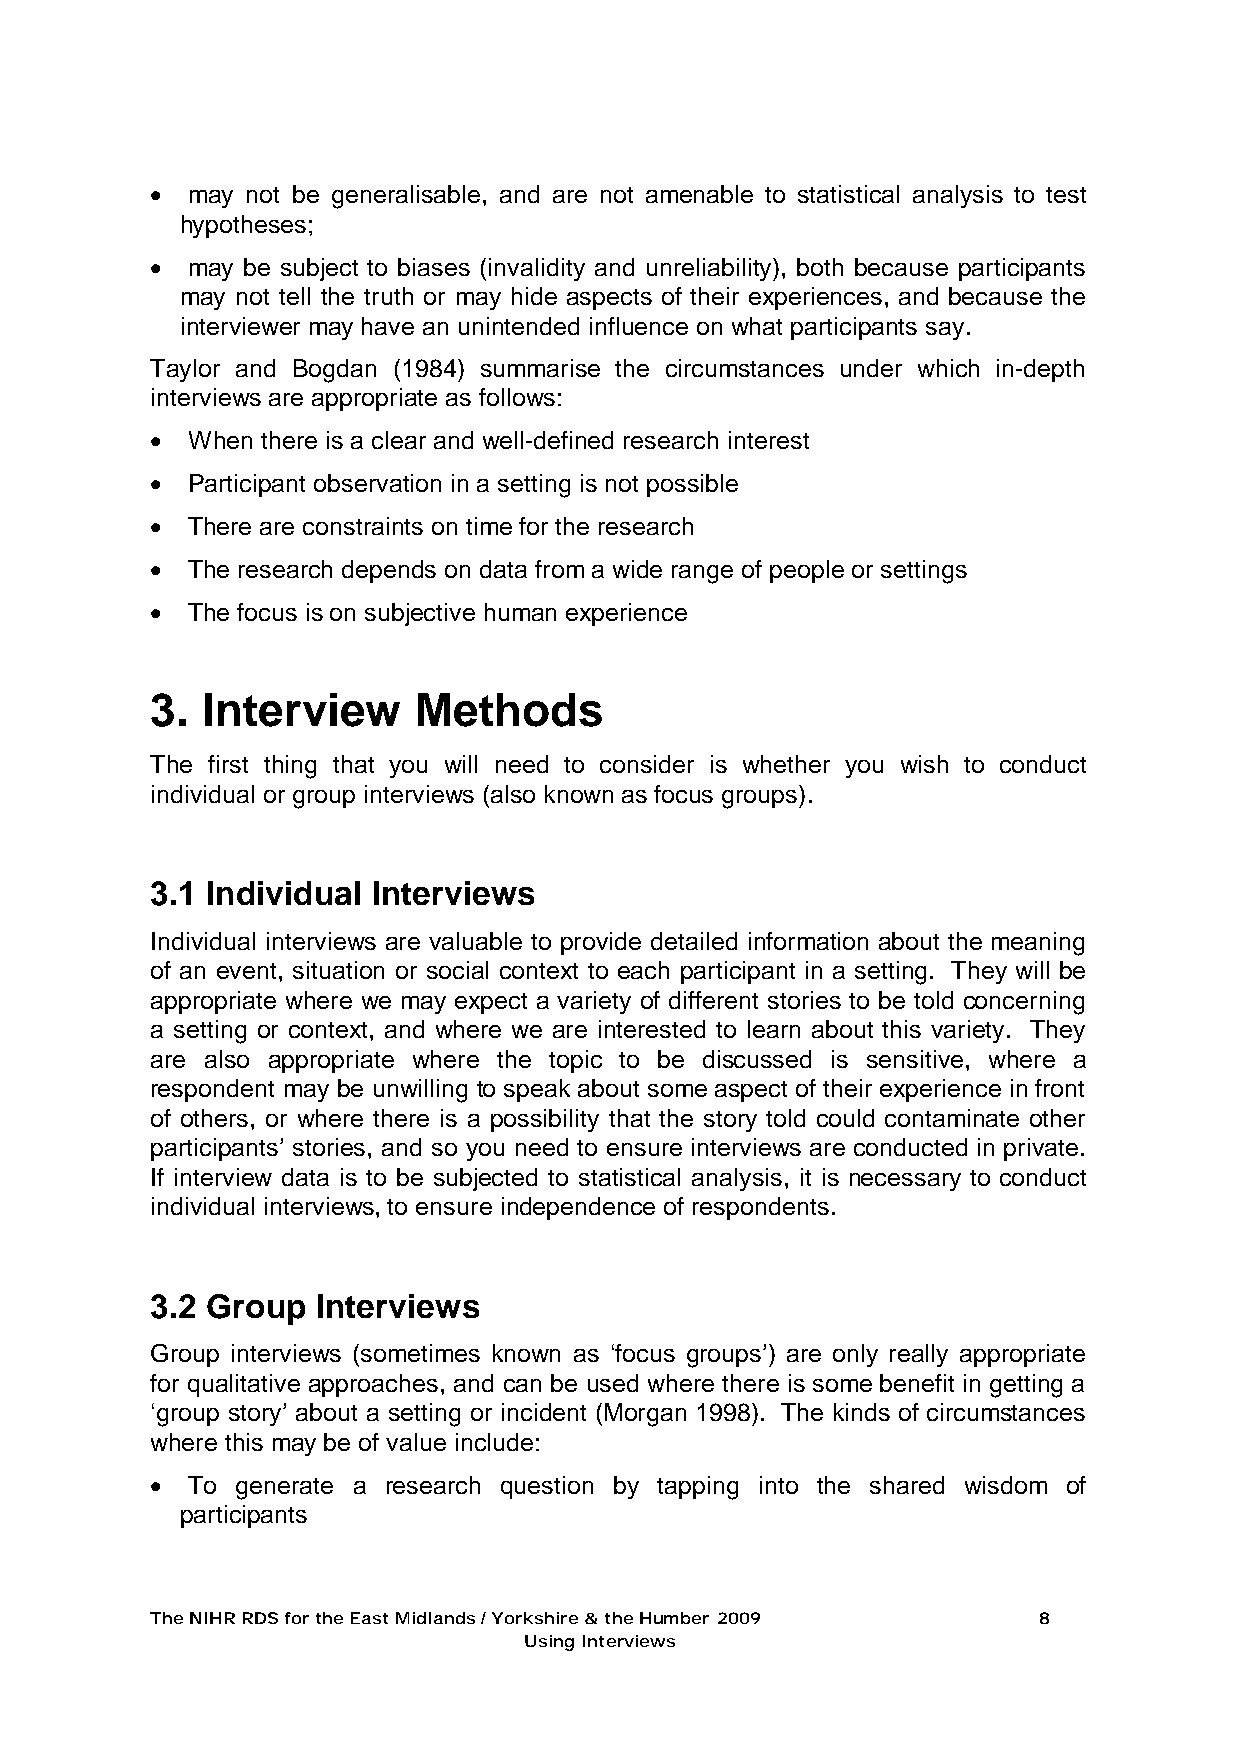
• may not be generalisable, and are not amenable to statistical analysis to test
 hypotheses;
 • may be subject to biases (invalidity and unreliability), both because participants
 may not tell the truth or may hide aspects of their experiences, and because the
 interviewer may have an unintended influence on what participants say.
 Taylor and Bogdan (1984) summarise the circumstances under which in-depth
 interviews are appropriate as follows:
 • When there is a clear and well-defined research interest
 • Participant observation in a setting is not possible
 • There are constraints on time for the research
 • The research depends on data from a wide range of people or settings
 • The focus is on subjective human experience
 3. Interview     Methods
 The first thing that you will need to consider is whether you wish to conduct
 individual or group interviews (also known as focus groups).
 3.1 Individual Interviews
 Individual interviews are valuable to provide detailed information about the meaning
 of an event, situation or social context to each participant in a setting. They will be
 appropriate where we may expect a variety of different stories to be told concerning
 a setting or context, and where we are interested to learn about this variety. They
 are also appropriate where the topic to be discussed is sensitive, where a
 respondent may be unwilling to speak about some aspect of their experience in front
 of others, or where there is a possibility that the story told could contaminate other
 participants’ stories, and so you need to ensure interviews are conducted in private.
 If interview data is to be subjected to statistical analysis, it is necessary to conduct
 individual interviews, to ensure independence of respondents.
 3.2 Group  Interviews
 Group interviews (sometimes known as ‘focus groups’) are only really appropriate
 for qualitative approaches, and can be used where there is some benefit in getting a
 ‘group story’ about a setting or incident (Morgan 1998). The kinds of circumstances
 where this may be of value include:
 • To generate a research question by tapping into the shared wisdom of
 participants
 The NIHR RDS for the East Midlands / Yorkshire & the Humber 2009 8
 Using Interviews